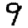
Digit: 9